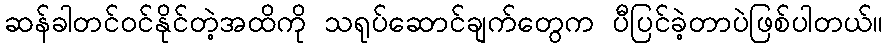
ဆန်ခါတင်ဝင်နိုင်တဲ့အထိကို သရုပ်ဆောင်ချက်တွေက ပီပြင်ခဲ့တာပဲဖြစ်ပါတယ်။